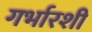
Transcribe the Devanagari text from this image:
गर्भारशी